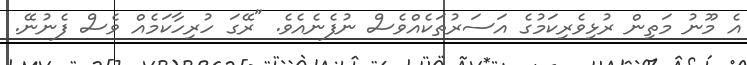
އެ މޫނު މަތިން ރުޅިވެރިކަމުގެ އަސަރުތަކެއްވެސް ނުފެނެއެވެ. "ރޭގަ ހުރިހާކަމެއް ވެސް ފެނުނޭ.